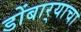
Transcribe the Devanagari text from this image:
डोंबार्‍याचा